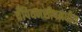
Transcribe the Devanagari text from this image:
चँपियनशीपमधील